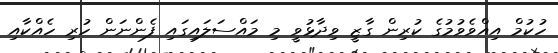
ހުކުމް އިއްވެވުމުގެ ކުރިން ގާޒީ ވިދާޅުވީ މި މައްސަލައިގައި ފެންނަން ހުރި ހެއްކާއި